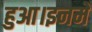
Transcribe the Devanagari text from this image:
हुआ।इनमें